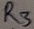
Text: R3